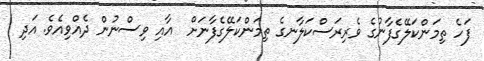
ފަހެ ތިމަންކަލޭގެފާނުގެ ވެރިރަސްކަލާނގެ ތިމަންކަލޭގެފާނަށް  އާއި ވިސްނުން ދެއްވިއެވެ. އަދި